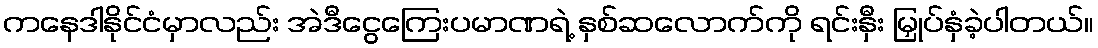
ကနေဒါနိုင်ငံမှာလည်း အဲဒီငွေကြေးပမာဏရဲ့ နှစ်ဆလောက်ကို ရင်းနှီး မြှုပ်နှံခဲ့ပါတယ်။